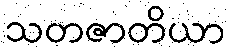
သတဇာတိယာ